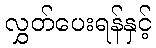
လွှတ်ပေးရန်နှင့်